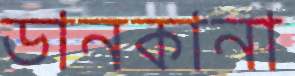
ডানকানা